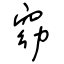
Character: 窈